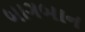
બાગબાન